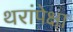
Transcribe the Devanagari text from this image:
थरांपेक्षा